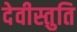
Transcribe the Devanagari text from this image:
देवीस्तुति